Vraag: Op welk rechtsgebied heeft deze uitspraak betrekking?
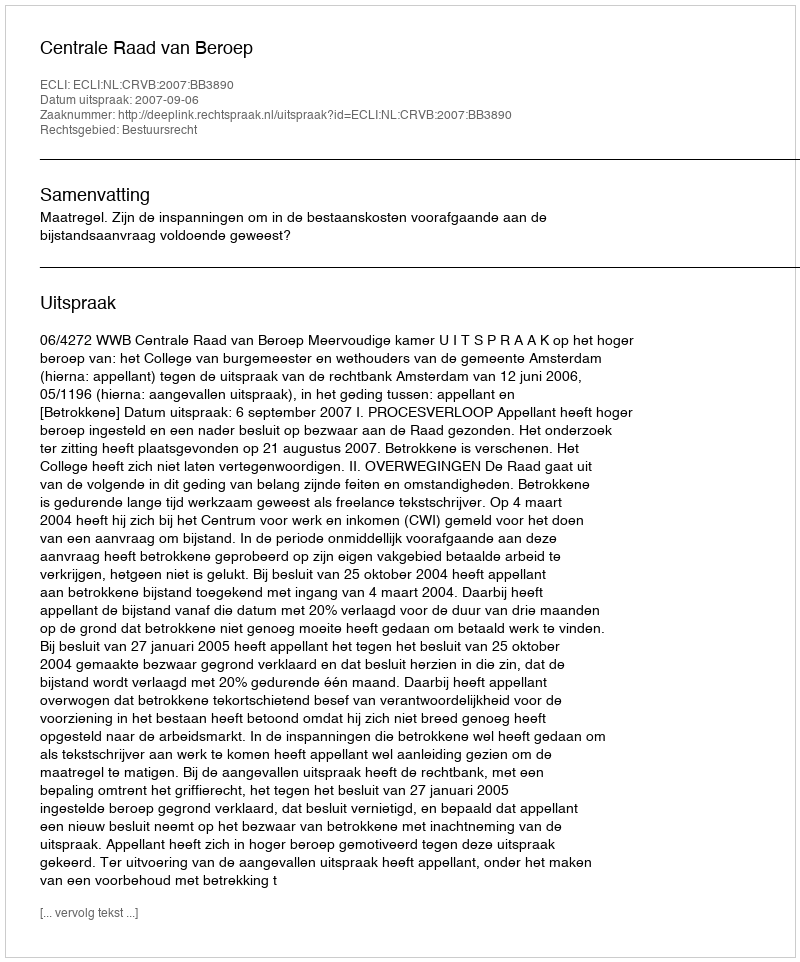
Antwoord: Bestuursrecht